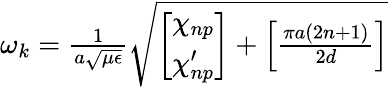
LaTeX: \begin{array}{r}{\omega_{k}=\frac{1}{a\sqrt{\mu\epsilon}}\sqrt{\left[\begin{array}{c}{\chi_{np}}\\ {\chi_{np}^{\prime}}\end{array}\right]+\left[\frac{\pi a(2n+1)}{2d}\right]}}\end{array}